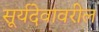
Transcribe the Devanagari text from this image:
सूर्यदेवावरील